Vaccination in Bombay 1863-1868 - 1863-1868
Year: 1863
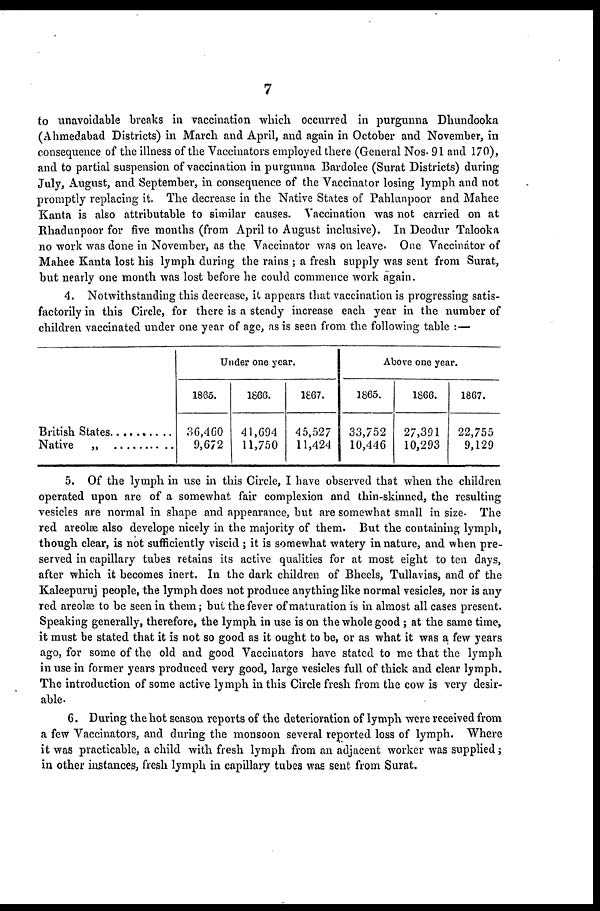
7
to unavoidable breaks in vaccination which occurred in purgunna Dhundooka
(Ahmedabad Districts) in March and April, and again in October and November, in
consequence of the illness of the Vaccinators employed there (General Nos. 91 and 170),
and to partial suspension of vaccination in purgunna Bardolee (Surat Districts) during
July, August, and September, in consequence of the Vaccinator losing lymph and not
promptly replacing it. The decrease in the Native States of Pahlunpoor and Mahee
Kanta is also attributable to similar causes. Vaccination was not carried on at
Rhadunpoor for five months (from April to August inclusive). In Deodur Talooka
no work was done in November, as the Vaccinator was on leave. One Vaccinator of
Mahee Kanta lost his lymph during the rains ; a fresh supply was sent from Surat,
but nearly one month was lost before he could commence work again.
4. Notwithstanding this decrease, it appears that vaccination is progressing satis-
factorily in this Circle, for there is a steady increase each year in the number of
children vaccinated under one year of age, as is seen from the following table :—
British States......................
Native „ ..............................
Under one year.
1865.
36,460
9,672
1866.
41,694
11,750
1867.
45,527
11,424
Above one year.
1865.
33,752
10,446
1866.
27,391
10,293
1867.
22,755
9,129
5. Of the lymph in use in this Circle, I have observed that when the children
operated upon are of a somewhat fair complexion and thin-skinned, the resulting
vesicles are normal in shape and appearance, but are somewhat small in size. The
red areolæ also develope nicely in the majority of them. But the containing lymph,
though clear, is not sufficiently viscid ; it is somewhat watery in nature, and when pre-
served in capillary tubes retains its active qualities for at most eight to ten days,
after which it becomes inert. In the dark children of Bheels, Tullavias, and of the
Kaleepuruj people, the lymph does not produce anything like normal vesicles, nor is any
red areolæ to be seen in them; but the fever of maturation is in almost all cases present.
Speaking generally, therefore, the lymph in use is on the whole good ; at the same time,
it must be stated that it is not so good as it ought to be, or as what it was a few years
ago, for some of the old and good Vaccinators have stated to me that the lymph
in use in former years produced very good, large vesicles full of thick and clear lymph.
The introduction of some active lymph in this Circle fresh from the cow is very desir-
able.
6. During the hot season reports of the deterioration of lymph were received from
a few Vaccinators, and during the monsoon several reported loss of lymph. Where
it was practicable, a child with fresh lymph from an adjacent worker was supplied;
in other instances, fresh lymph in capillary tubes was sent from Surat.